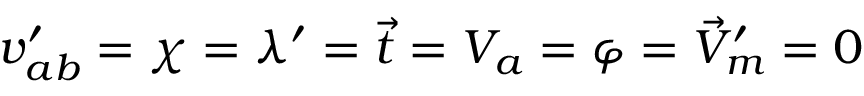
v _ { a b } ^ { \prime } = \chi = \lambda ^ { \prime } = \vec { t } = V _ { a } = \varphi = \vec { V } _ { m } ^ { \prime } = 0